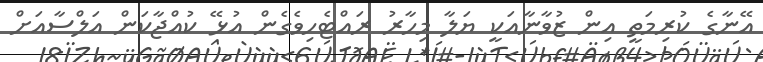
އޭނާގެ ކުރިމަތީ އިން ޒުވާނާއަކީ ޔަލާ މިހާރު ރައްޓެހިވެގެން އުޅޭ ކުއްޖާކަން އަލްސާއަށް